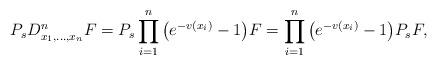
LaTeX: \begin{align*} P_sD^n_{x_1,\ldots,x_n}F=P_s\prod^n_{i=1}\big(e^{-v(x_i)}-1\big)F= \prod^n_{i=1}\big(e^{-v(x_i)}-1\big)P_sF,\end{align*}